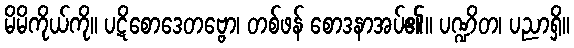
မိမိကိုယ်ကို။ ပဋိစောဒေတဗ္ဗော၊ တစ်ဖန် စောဒနာအပ်၏။ ပဏ္ဍိတ၊ ပညာရှိ။